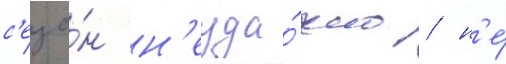
с'езо́н н'еуда́чно / н'е́